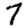
Digit: 7